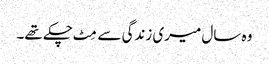
وہ سال میری زندگی سے مِٹ چکے تھے۔